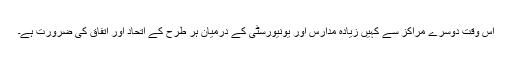
اس وقت دوسرے مراکز سے کہیں زیادہ مدارس اور یونیورسٹی کے درمیان ہر طرح کے اتحاد اور اتفاق کی ضرورت ہے۔